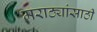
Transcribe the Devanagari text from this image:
मराठ्यांसाठी